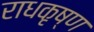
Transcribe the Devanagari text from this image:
राधकृष्ण